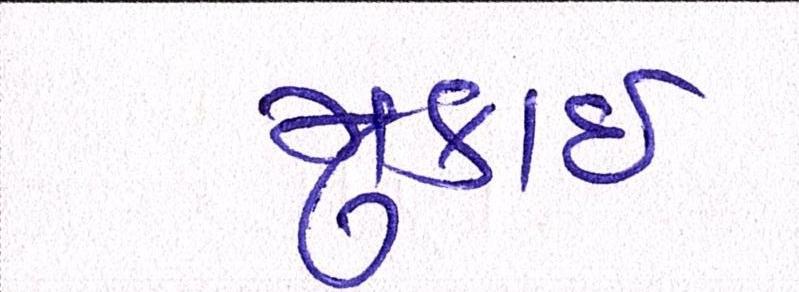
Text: મુકાઈ